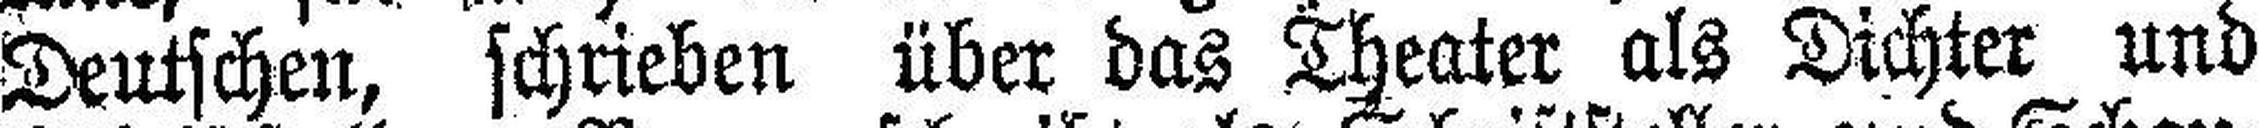
Deutschen, schrieben über das Theater als Dichter und